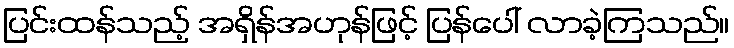
ပြင်းထန်သည့် အရှိန်အဟုန်ဖြင့် ပြန်ပေါ် လာခဲ့ကြသည်။